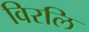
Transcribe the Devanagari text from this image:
विरलि